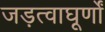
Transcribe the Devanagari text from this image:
जड़त्वाघूर्णों